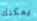
يمكنك